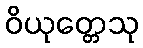
ဝိယုတ္တေသု